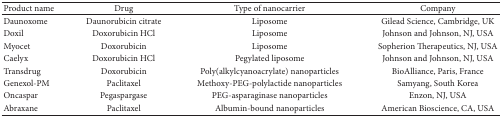
| Product name | Drug | Type of nanocarrier | Company |
 | --- | --- | --- | --- |
 | Daunoxome | Daunorubicin citrate | Liposome | Gilead Science, Cambridge, UK |
 | Doxil | Doxorubicin HCl | Liposome | Johnson and Johnson, NJ, USA |
 | Myocet | Doxorubicin | Liposome | Sopherion Therapeutics, NJ, USA |
 | Caelyx | Doxorubicin HCl | Pegylated liposome | Johnson and Johnson, NJ, USA |
 | Transdrug | Doxorubicin | Poly(alkylcyanoacrylate) nanoparticles | BioAlliance, Paris, France |
 | Genexol-PM | Paclitaxel | Methoxy-PEG-polylactide nanoparticles | Samyang, South Korea |
 | Oncaspar | Pegaspargase | PEG-asparaginase nanoparticles | Enzon, NJ, USA |
 | Abraxane | Paclitaxel | Albumin-bound nanoparticles | American Bioscience, CA, USA |